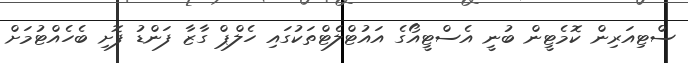
ސްޓިއަރިން ކޮމެޓީން ބުނީ އެސްޓީއޯގެ އައުޓްލެޓްތަކުގައި ހެލްޕް ގާޒާ ފަންޑު ފޮށި ބެހެއްޓުމަށް